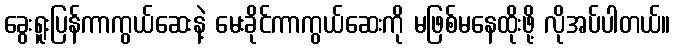
ခွေးရူးပြန်ကာကွယ်ဆေးနဲ့ မေးခိုင်ကာကွယ်ဆေးကို မဖြစ်မနေထိုးဖို့ လိုအပ်ပါတယ်။